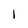
Character: 1